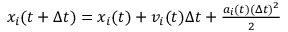
\begin{array} { r } { x _ { i } ( t + \Delta t ) = x _ { i } ( t ) + v _ { i } ( t ) \Delta t + \frac { a _ { i } ( t ) ( \Delta t ) ^ { 2 } } { 2 } } \end{array}